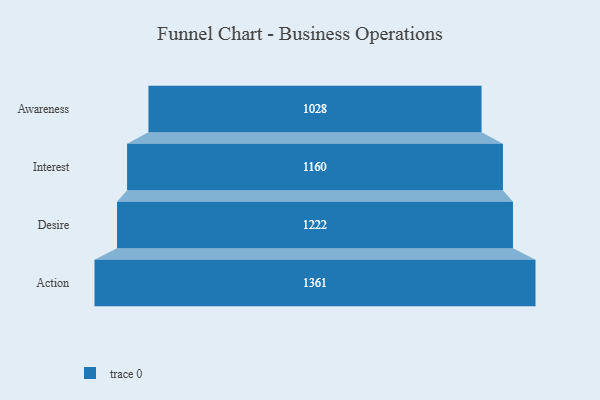
{"axis": {"x": "Stage", "y": "Value"}, "legend": [""], "data": [{"x": "Awareness", "y": 1028.0, "type": ""}, {"x": "Interest", "y": 1160.0, "type": ""}, {"x": "Desire", "y": 1222.0, "type": ""}, {"x": "Action", "y": 1361.0, "type": ""}]}